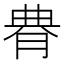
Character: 䐌